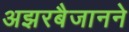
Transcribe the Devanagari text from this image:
अझरबैजानने